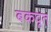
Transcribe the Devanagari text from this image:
बकदूत